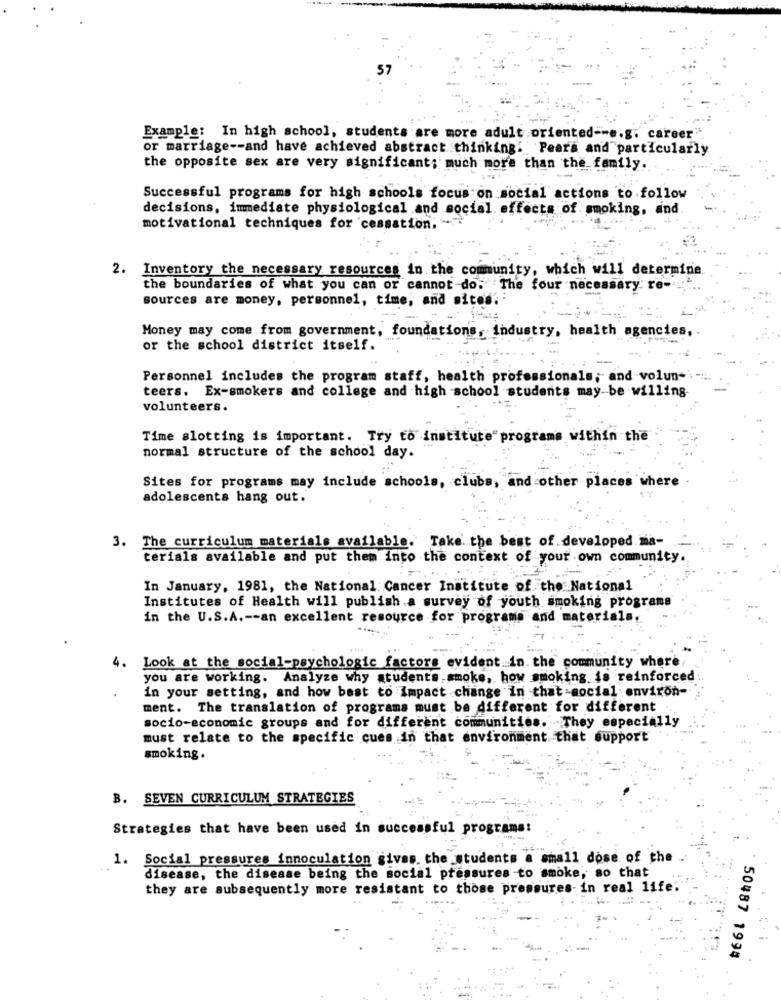
57
Example: In high school, students are more adult oriented -- e.g. career".
or marriage -- and have achieved abstract thinking: Peers and particularly
the opposite sex are very significant; much more than the family.
Successful programs for high schools focus on social actions to follow
decisions, immediate physiological and social effects of smoking, and
motivational techniques for cessation.
2. Inventory the necessary resources in the community, which will determine
the boundaries of what you can or cannot-do. The four necessary re-
sources are money, personnel, time, and sites.
Money may come from government, foundations, industry, health agencies,
or the school district itself.
Personnel includes the program staff, health professionals; and volun-
teers. Ex-smokers and college and high school students may be willing
volunteers.
Time slotting is important. Try to institute programs within the
normal structure of the school day.
Sites for programs may include schools, clubs, and other places where
adolescents hang out.
3. The curriculum materials available. Take the best of developed ma-
terials available and put them into the context of your own community.
In January, 1981, the National Cancer Institute of the National
Institutes of Health will publish a survey of youth smoking programs
in the U.S.A .-- an excellent resource for programs and materials
4. Look at the social-psychologic factors evident in. the community where
you are working. Analyze why students smoke, how smoking is reinforced
in your setting, and how best to Impact change in that social environ-
ment. The translation of programs must be different for different
socio-economic groups and for different communities. They especially
must relate to the specific cues in that environment that support
smoking.
B. SEVEN CURRICULUM STRATEGIES
Strategies that have been used in successful programs:
1. Social pressures innoculation gives the students a small dose of the
..
disease, the disease being the social pressures to smoke, so that
they are subsequently more resistant to those pressures-in real life.
50487 1994